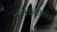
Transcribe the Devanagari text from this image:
सत्यवानआणि